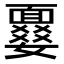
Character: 𩈾